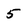
Character: 5